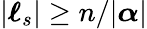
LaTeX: |{\boldsymbol{\ell}}_{s}|\geq n/|{\boldsymbol{\alpha}}|